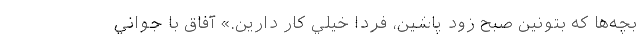
بچه‌ها که بتونين صبح زود پاشين، فردا خيلي کار دارين.» آفاق با جواني